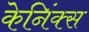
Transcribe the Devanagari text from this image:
केनिंक्स